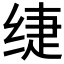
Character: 𰬡